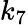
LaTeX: k_{7}